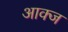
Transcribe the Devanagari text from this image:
आक्ज